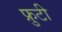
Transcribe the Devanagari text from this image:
फ्रुटी